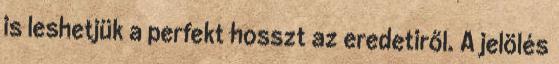
is leshetjük a perfekt hosszt az eredetiről. A jelölés